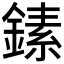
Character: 𬫵